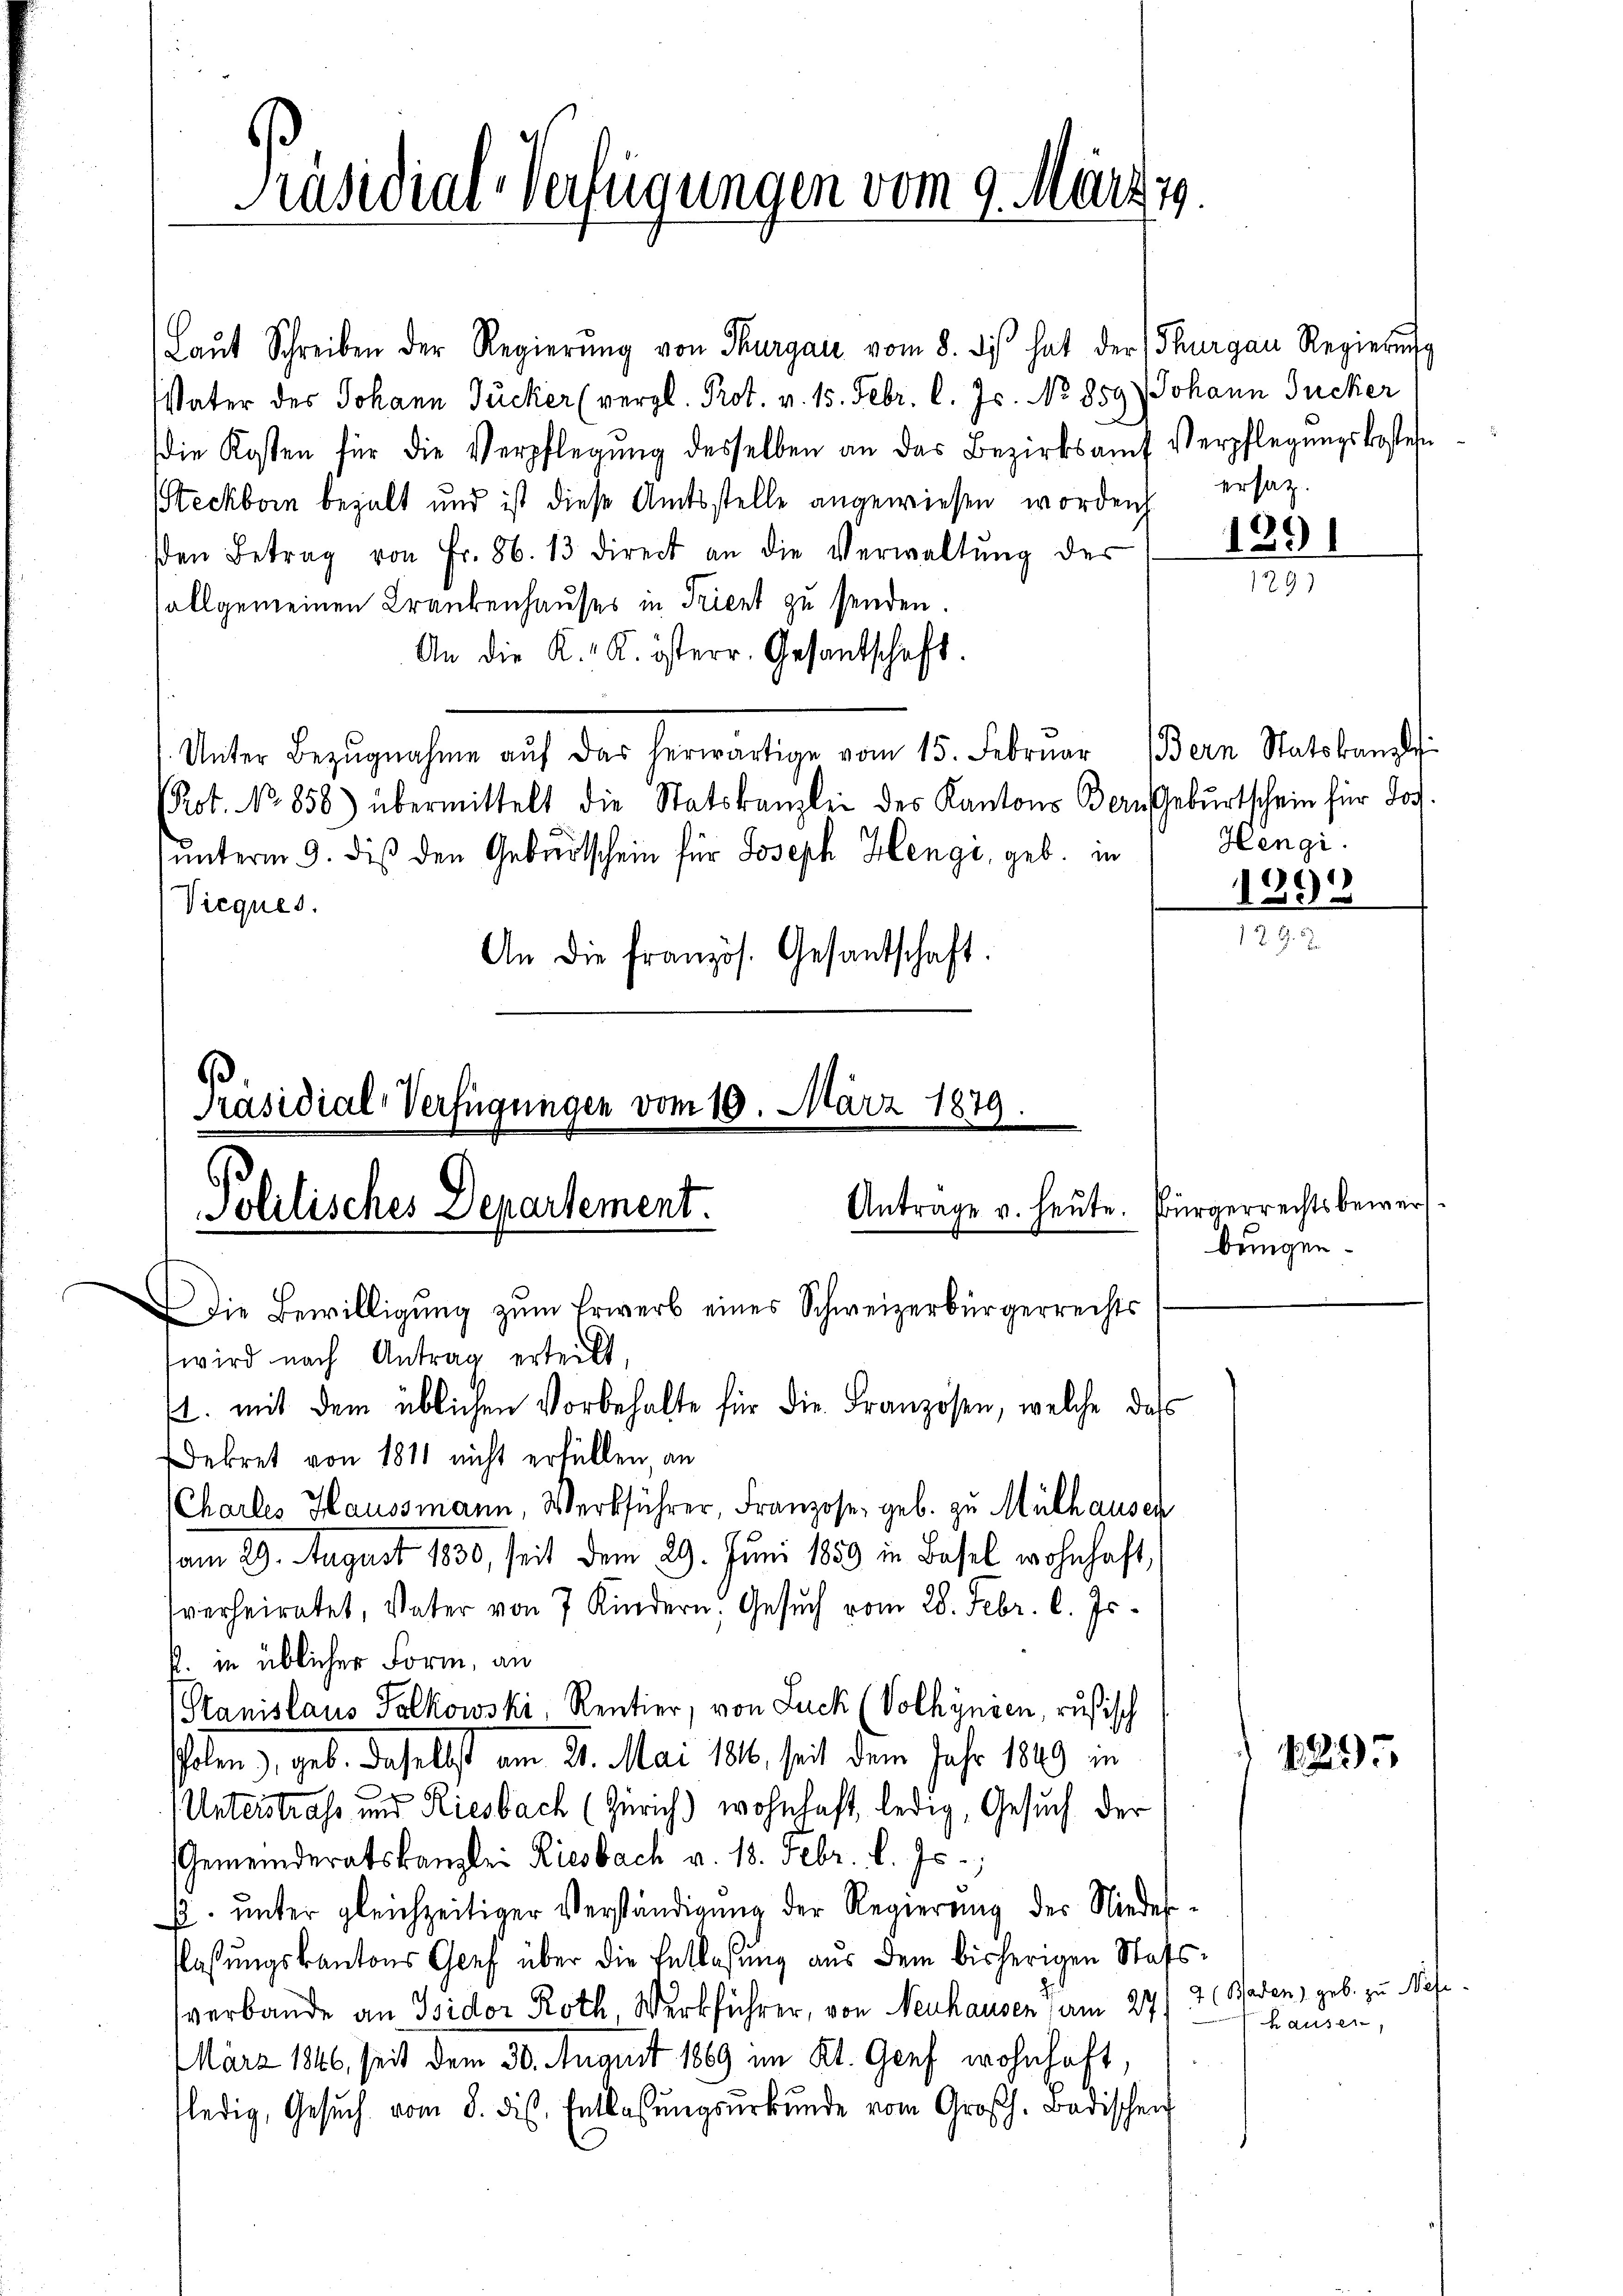
Präsidial-Verfügungen vom 9. März 19.

Laŭt Schreiben der Regierŭng von Thurgau vom 8. ds hat der Thurgau Regierŭng
Vater des Johann Zucker (vergl. Prot. v. 15. Febr. l. Js. No 859) Johann Zucker
die Kosten für die Verpflegŭng desselben an das Bezirksamt Verpflegŭngskosten
SSteckborn bezalt und ist diese Amtsstelle angewiesen worden ersatz.
den Betrag von Fr. 86. 13 direct an die Verwaltŭng der
allgemeinen Krankenhauses in Trient zu senden.
An die K. K. österr. Gesandschaft.
Unter Bezŭgnahme aŭf das herwärtige vom 15. Febrŭar (Bern Statskanzl
Prot. No 858) übermittelt die Statskanzlei des Kantons Bern Gebŭrtschein für dor
ŭnterm 9. dieß den Geburtschein für Joseph Hengi, geb. in Hengi.
1298
Vieques.
12 J. J.
An die französ. Gesandschaft.

Präsidial-Verfügungen vom 10. März 1879.
Anträge u. heute. Bürgerrechtsbewer
Solitisches Departement.
I die Bewilligung zum Erwerb eines Schweizerbürgerrechts

ekret von 1811 nicht erfüllen, an

. mit dem üblichen Vorbehalte für die Franzosen, welche das

wird nach Antrag erteilt,
Chartes Haussmann, Werkführer, Franzose, geb. zu Mülhausen
vom 29. August 1830, seit dem 29. Juni 1859 in Basel wohnhaft,
sverheiratet, Vater von 7 Kindern, Gesuch vom 28. Febr. l. Js.
k. in üblicher Form, an
(Stanislaus Salkowski, Rentier, von Luck (Volhynien, rusisch
holen), geb. Daselbst am 21. Mai 186, seit dem Jahr 1849 in
6f
Unterstrafs und Riesbach (Zürich) wohnhaft, ledig, Gesuch der
Gemeinderatskanzlei Riesbach v. 18. Febr. l. Js.,
p. unter gleichzeitiger Verständigung der Regierung des Nieder
lassŭngskantons Chef über die Entlassŭng aŭs dem bisherigen Stafs-
verbande an Isidor Roth, Werkführer, von Neuhausen am 27. 2. Baden, geb. zu Mis¬
März 1846 seit dem 30. August 1889 im Kt. Genf wohnhaft
ledig, Gesŭch vom 8. dist. Entlassŭngsŭrkŭnde vom Großh. Badischen

1891

129)

bungen.

1295

hausen,